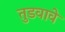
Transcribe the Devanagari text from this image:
तुडवावे